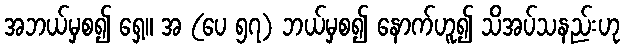
အဘယ်မှစ၍ ရှေ့။ အ (ပေ ၅၇) ဘယ်မှစ၍ နောက်ဟူ၍ သိအပ်သနည်းဟု